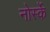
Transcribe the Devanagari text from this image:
नोर्स्के